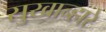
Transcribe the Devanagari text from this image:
सुखान्हारे